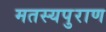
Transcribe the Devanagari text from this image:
मतस्यपुराण